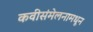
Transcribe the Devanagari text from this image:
कवीसंमेलनामधून